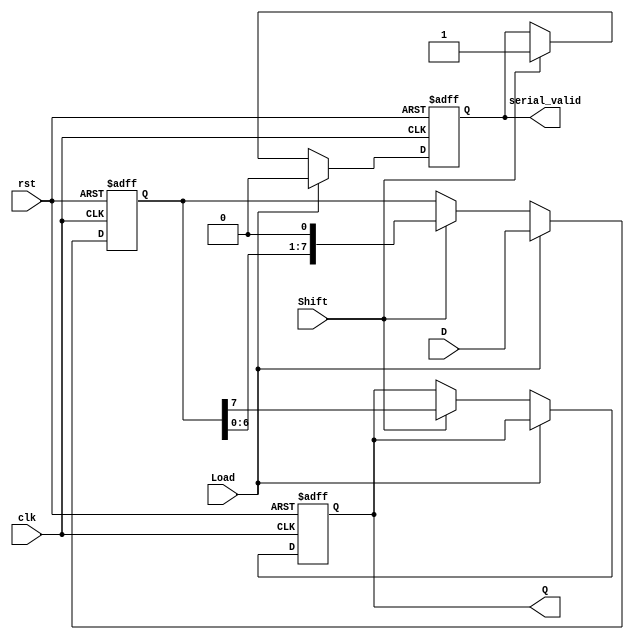
module PISO_Register (
    input wire [7:0] D,         // 8-bit parallel data input
    input wire Load,            // Load control signal
    input wire Shift,           // Shift control signal
    input wire clk,             // Clock signal
    input wire rst,             // Reset signal (active high)
    output reg Q,               // Serial output
    output reg serial_valid      // Serial output valid signal
);

    reg [7:0] shift_reg;        // 8-bit shift register

    always @(posedge clk or posedge rst) begin
        if (rst) begin
            shift_reg <= 8'b0;   // Clear the register on reset
            Q <= 1'b0;           // Clear the serial output
            serial_valid <= 1'b0; // Invalid output initially
        end else begin
            if (Load) begin
                shift_reg <= D;   // Load data into the shift register
                serial_valid <= 1'b0; // Invalidate serial output until shifting starts
            end else if (Shift) begin
                // Shift operation
                Q <= shift_reg[7]; // Output the MSB (first bit to be shifted out)
                shift_reg <= {shift_reg[6:0], 1'b0}; // Shift left
                serial_valid <= 1'b1; // Mark serial output as valid
            end
        end
    end

endmodule